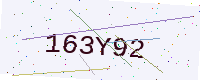
Text: 163Y92